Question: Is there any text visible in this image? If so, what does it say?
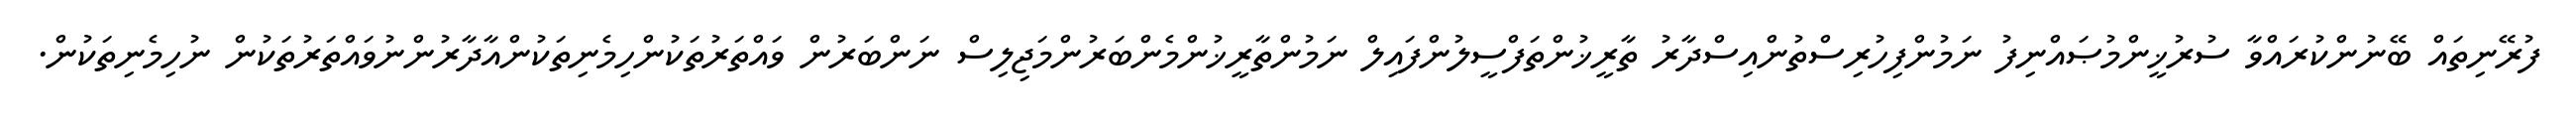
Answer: ފުރޭނިތައް ބޭނުންކުރައްވާ ސުރުޚީންމުޞައްނިފު ނަމުންފިހުރިސްތުންއިސްދާރު ތާރީޚުންތަފްސީލުންފައިލް ނަމުންތާރީޚުންމެންބަރުންމަޖިލިސް ނަންބަރުން ވައްތަރުތަކުންހިމެނިތަކުންއާދާރުންނުވައްތަރުތަކުން ނުހިމެނިތަކުން.